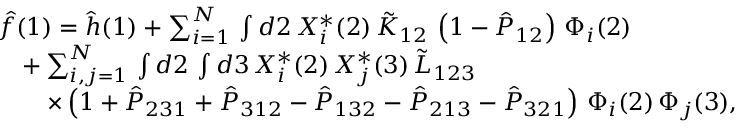
\begin{array} { r l } & { \hat { f } ( 1 ) = \hat { h } ( 1 ) + \sum _ { i = 1 } ^ { N } \, \int d 2 \, X _ { i } ^ { * } ( 2 ) \, \tilde { K } _ { 1 2 } \, \left( 1 - \hat { P } _ { 1 2 } \right) \, \Phi _ { i } ( 2 ) } \\ & { \quad + \sum _ { i , j = 1 } ^ { N } \, \int d 2 \, \int d 3 \, X _ { i } ^ { * } ( 2 ) \, X _ { j } ^ { * } ( 3 ) \, \tilde { L } _ { 1 2 3 } } \\ & { \quad \quad \times \left( 1 + \hat { P } _ { 2 3 1 } + \hat { P } _ { 3 1 2 } - \hat { P } _ { 1 3 2 } - \hat { P } _ { 2 1 3 } - \hat { P } _ { 3 2 1 } \right) \, \Phi _ { i } ( 2 ) \, \Phi _ { j } ( 3 ) \mathrm { , } } \end{array}